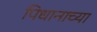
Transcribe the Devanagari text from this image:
पिधानाच्या